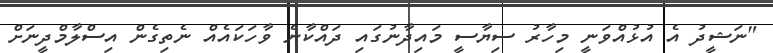
"ނަޝީދު އެ އުޅުއްވަނީ މިހާރު ސިޔާސީ މައިދާނުގައި ދައްކާނެ ވާހަކައެއް ނެތިގެން އިސްލާމްދީނަށް